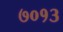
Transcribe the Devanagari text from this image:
७०१३